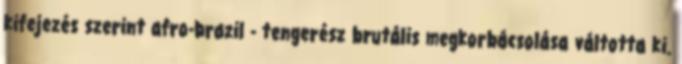
kifejezés szerint afro-brazil - tengerész brutális megkorbácsolása váltotta ki.